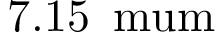
7 . 1 5 \, \mathrm { \ m u m }